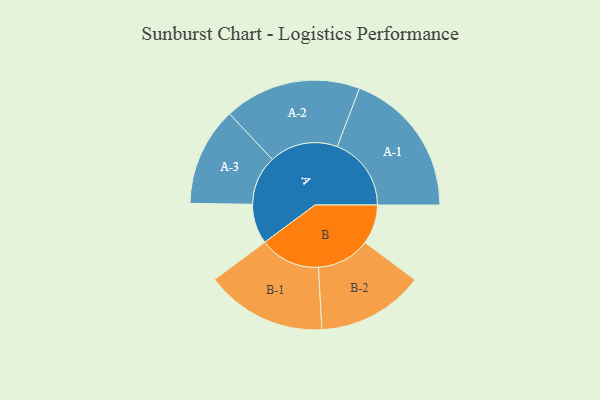
{"axis": {"x": "Segment", "y": "Value"}, "legend": ["", "A", "B"], "data": [{"x": "A", "y": 152, "type": ""}, {"x": "B", "y": 150, "type": ""}, {"x": "A-1", "y": 282, "type": "A"}, {"x": "A-2", "y": 261, "type": "A"}, {"x": "A-3", "y": 188, "type": "A"}, {"x": "B-1", "y": 231, "type": "B"}, {"x": "B-2", "y": 204, "type": "B"}]}